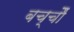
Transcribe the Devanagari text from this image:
बच्चोेैं